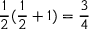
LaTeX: { \frac { 1 } { 2 } } ( { \frac { 1 } { 2 } } + 1 ) = { \frac { 3 } { 4 } }